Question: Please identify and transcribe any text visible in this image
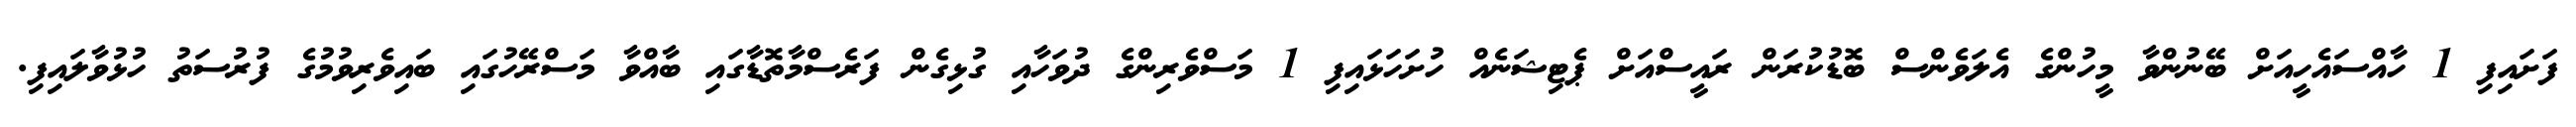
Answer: ފަށައިފި 1 ހާއްސައެހީއަށް ބޭނުންވާ މީހުންގެ އެލަވެންސް ބޮޑުކުރަން ރައީސްއަށް ޕެޓިޝަނެއް ހުށަހަޅައިފި 1 މަސްވެރިންގެ ދުވަހާއި ގުޅިގެން ފަރެސްމާތޮޑާގައި ބާއްވާ މަސްރޭހުގައި ބައިވެރިވުމުގެ ފުރުސަތު ހުޅުވާލައިފި.